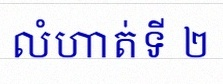
លំហាត់ទី ២